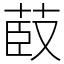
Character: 菣